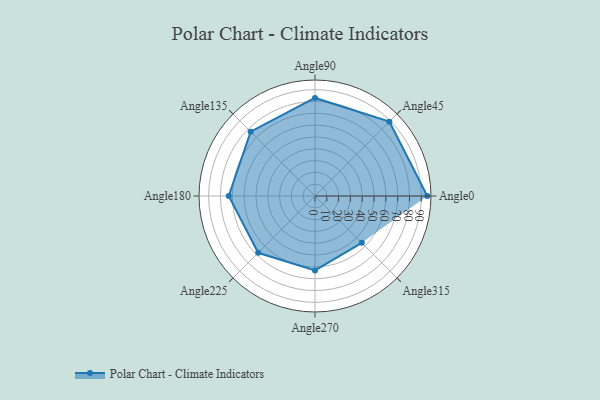
{"axis": {"x": "Angle", "y": "Radius"}, "legend": [""], "data": [{"x": "Angle0", "y": 95.0, "type": ""}, {"x": "Angle45", "y": 89.0, "type": ""}, {"x": "Angle90", "y": 83.0, "type": ""}, {"x": "Angle135", "y": 77.0, "type": ""}, {"x": "Angle180", "y": 73.0, "type": ""}, {"x": "Angle225", "y": 68.0, "type": ""}, {"x": "Angle270", "y": 63.0, "type": ""}, {"x": "Angle315", "y": 56.0, "type": ""}]}